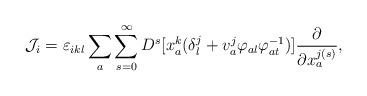
LaTeX: \begin{align*}{\cal J}_{i}=\varepsilon _{ikl}\sum _{a}\sum _{s=0}^{\infty}D^{s}[x^{k}_{a}(\delta ^{j}_{l}+v^{j}_{a}\varphi _{al}\varphi ^{-1}_{at})]\frac {\partial }{\partial x_{a}^{j(s)}} ,\end{align*}